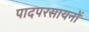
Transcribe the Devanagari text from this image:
पादपरसायनों